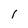
Character: i